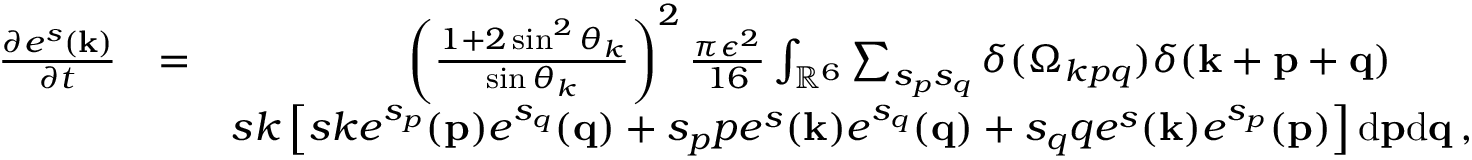
\begin{array} { r l r } { \frac { \partial e ^ { s } ( { \bf k } ) } { \partial t } } & { = } & { \left( \frac { 1 + 2 \sin ^ { 2 } \theta _ { k } } { \sin \theta _ { k } } \right) ^ { 2 } \frac { \pi \epsilon ^ { 2 } } { 1 6 } \int _ { { \mathbb { R } } ^ { 6 } } \sum _ { s _ { p } s _ { q } } \delta ( \Omega _ { k p q } ) \delta ( { \bf k } + { \bf p } + { \bf q } ) \quad \quad } \\ & { } & { s k \left[ s k e ^ { s _ { p } } ( { \bf p } ) e ^ { s _ { q } } ( { \bf q } ) + s _ { p } p e ^ { s } ( { \bf k } ) e ^ { s _ { q } } ( { \bf q } ) + s _ { q } q e ^ { s } ( { \bf k } ) e ^ { s _ { p } } ( { \bf p } ) \right] \mathrm { d } { \bf p } \mathrm { d } { \bf q } \, , } \end{array}